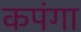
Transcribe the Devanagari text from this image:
कपंगा